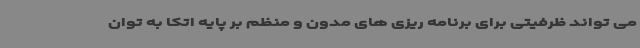
می تواند ظرفیتی برای برنامه ریزی های مدون و منظم بر پایه اتکا به توان